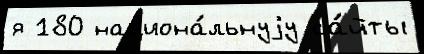
я 180 национа́льнуjу са́йты